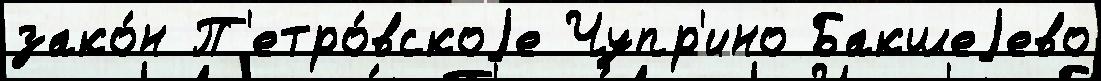
зако́н П'етро́вскоjе Чупр'ино Бакшеjево